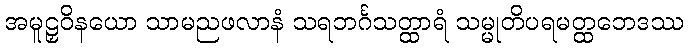
အမူဠှဝိနယော သာမညဖလာနံ သရဘင်္ဂသတ္ထာရံ သမ္မုတိပရမတ္ထဘေဒဿ